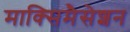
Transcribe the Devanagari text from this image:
माक्सिमैसेशन